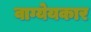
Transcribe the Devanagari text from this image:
वाग्येयकार